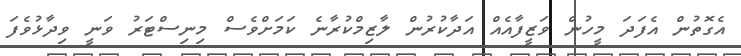
އެގޮތުން އެފަދަ މީހުން ވަޒީފާއެއް އަދާކުރުން ލާޒިމްކުރާނެ ކަމަށްވެސް މިނިސްޓަރު ވަނީ ވިދާޅުވެފަ